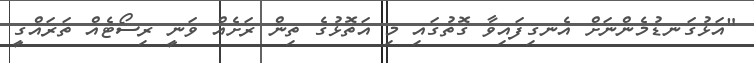
"އަޅުގަނޑުމެންނަށް އެނގިފައިވާ ގޮތުގައި މި އަތޮޅުގެ ތިން ރަށެއް ވަނީ ރިސޯޓެއް ތަރައްގީ